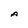
Character: A